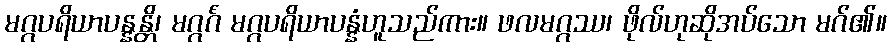
မဂ္ဂပရိယာပန္နန္တိ၊ မဂ္ဂင်္ဂံ မဂ္ဂပရိယာပန္နံဟူသည်ကား။ ဖလမဂ္ဂဿ၊ ဖိုလ်ဟုဆိုအပ်သော မဂ်၏။